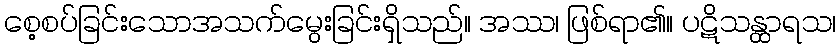
စေ့စပ်ခြင်းသောအသက်မွေးခြင်းရှိသည်။ အဿ၊ ဖြစ်ရာ၏။ ပဋိသန္ထာရသ၊